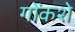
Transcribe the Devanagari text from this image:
गोंकशे